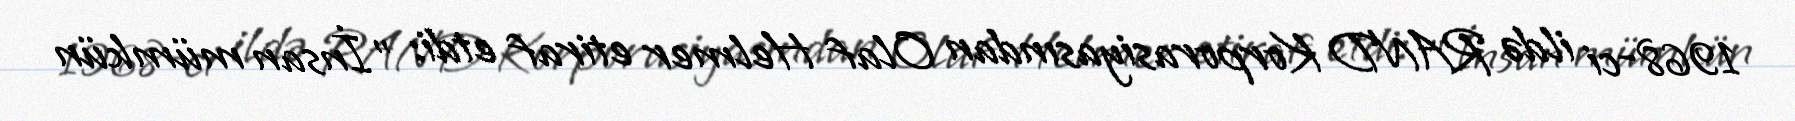
1968-ci ildə RAND Korporasiyasından Olaf Helmer etiraf etdi: "İnsan mümkün